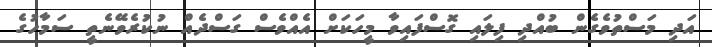
އަދި މަސްތުވެގެން ބުއްދި ފިލައި ގޮސްފައިވާ މީހަކަށް އެއްވެސް ގަސްދެއް ނުކުރެވޭނެތީ ސަމާހުގެ